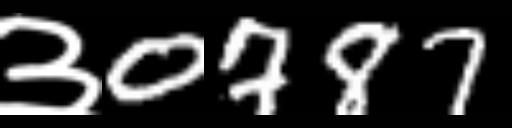
Text: ३0787